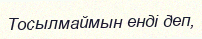
Тосылмаймын енді деп,